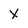
Character: X